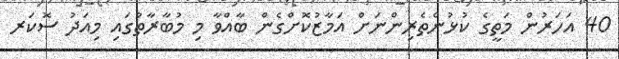
40 އަހަރުން މަތީގެ ކުޅުންތެރިންނަށް އަމާޒުކޮށްގެން ބާއްވާ މި މުބާރާތުގައި މިއަދު ސޮކަރ